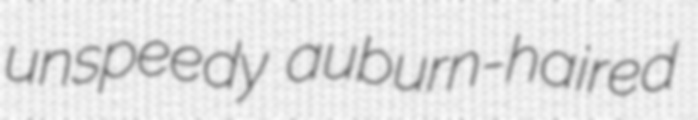
unspeedy auburn-haired